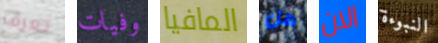
تعرف وفيات المافيا هل الان النبوءة